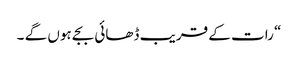
“ رات کے قریب ڈھائی بجے ہوں گے ۔